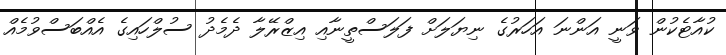
ކުއާޓެކުން ވަނީ އަންނަ އަހަރުގެ ނިޔަލަށް ފަލަސްތީނާއި އިޒްރޭލާ ދެމެދު ސުލްހައިގެ އެއްބަސްވުމެއް